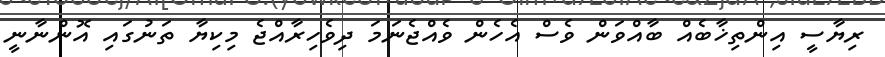
ރިޔާސީ އިންތިޚާބެއް ބާއްވަން ވެސް އެހެން ވެއްޖެނަމަ ދިވެހިރާއްޖެ މިކިޔާ ތަނުގައި އޮންނާނީ